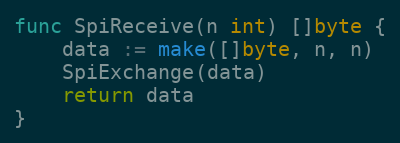
Language: Go
func SpiReceive(n int) []byte {
	data := make([]byte, n, n)
	SpiExchange(data)
	return data
}